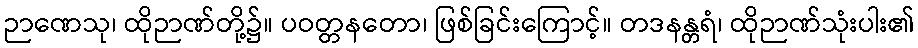
ဉာဏေသု၊ ထိုဉာဏ်တို့၌။ ပဝတ္တနတော၊ ဖြစ်ခြင်းကြောင့်။ တဒနန္တရံ၊ ထိုဉာဏ်သုံးပါး၏